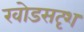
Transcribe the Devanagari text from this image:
खोडसदृश